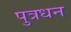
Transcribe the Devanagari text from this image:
पुत्रधन